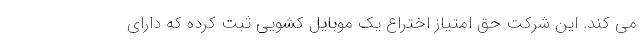
می کند. این شرکت حق امتیاز اختراع یک موبایل کشویی ثبت کرده که دارای